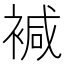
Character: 𧛡